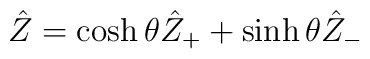
\hat{Z}=\cosh\theta \hat{Z}_+ + \sinh\theta \hat{Z}_-